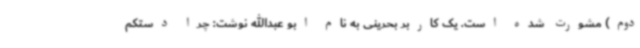
دوم) مشورت شده است. یک کاربر بحرینی به نام ابو عبدالله نوشت: چرا دستکم